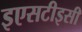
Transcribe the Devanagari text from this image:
इएसटीइसी